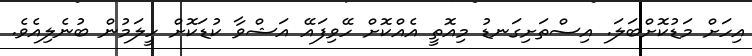
އިހަށް މަޑުކޮށްބަލަ. އިސްތަށިގަނޑު މިއޮތީ އެއްކޮށް ހޭވިފައޭ އަޝްވާ ކުޑަކޮށް ހީލަމުން ބުނެލިއެވެ.